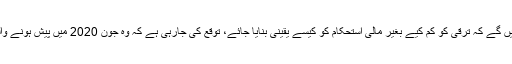
توقع کی جا رہی ہے کہ دونوں فریقین اس بات پر تبادلہ خیال کریں گے کہ ترقی کو کم کیے بغیر مالی استحکام کو کیسے یقینی بنایا جائے، توقع کی جارہی ہے کہ وہ جون 2020 میں پیش ہونے والے آئندہ سال کے بجٹ کی تجاویز پر بھی تبادلہ خیال کریں گے۔